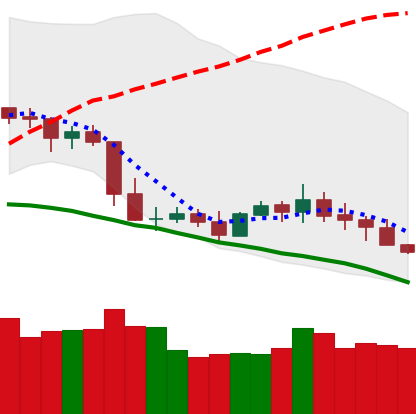
Ticker: XLM-USD
Chart end date: 2019-05-08
Forward return: 7.171%
Label: up_7plus